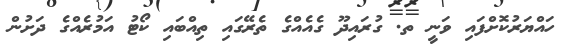
ހައްޔަރުކޮށްފައި ވަނީ ތ. ގުރައިދޫ ގެއެއްގެ ތެރޭގައި ތިއްބައި ކޯޓު އަމުރެއްގެ ދަށުން